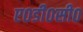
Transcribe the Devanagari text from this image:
ए०डी०सी०